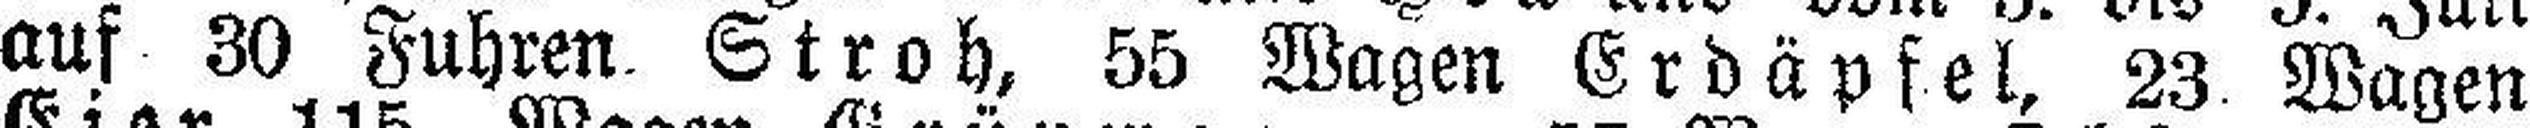
auf 30 Fuhren. Stroh, 55 Wagen Erdäpfel, 23. Wagen